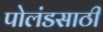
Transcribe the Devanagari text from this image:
पोलंडसाठी